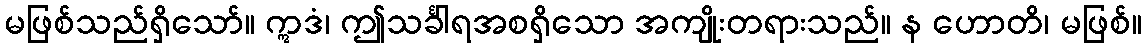
မဖြစ်သည်ရှိသော်။ ဣဒံ၊ ဤသင်္ခါရအစရှိသော အကျိုးတရားသည်။ န ဟောတိ၊ မဖြစ်။